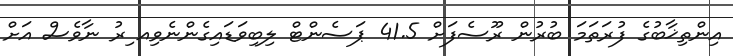
އިންތިޚާބުގެ ފުރަތަމަ ބުރުން ރޫސެފަށް 41.5 ޕަސެންޓް ލިބިވަޑައިގެންނެވިއ ިރު ނާވެސް އަށް